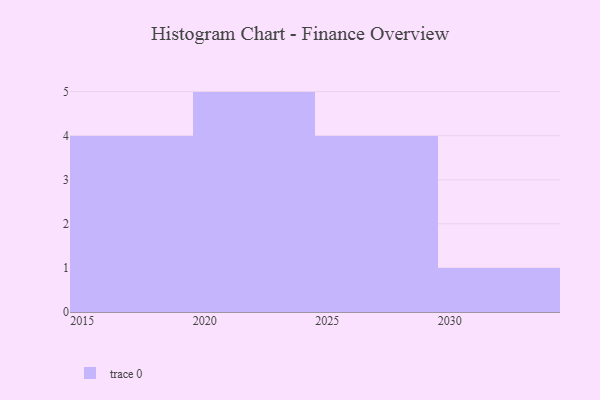
{"axis": {"x": "Year", "y": "Backlog"}, "legend": [""], "data": [{"x": "2020", "y": 74, "type": ""}, {"x": "2019", "y": 20, "type": ""}, {"x": "2022", "y": 37, "type": ""}, {"x": "2027", "y": 40, "type": ""}, {"x": "2023", "y": 59, "type": ""}, {"x": "2017", "y": 78, "type": ""}, {"x": "2030", "y": 57, "type": ""}, {"x": "2028", "y": 93, "type": ""}, {"x": "2026", "y": 66, "type": ""}, {"x": "2021", "y": 80, "type": ""}, {"x": "2025", "y": 52, "type": ""}, {"x": "2018", "y": 88, "type": ""}, {"x": "2016", "y": 80, "type": ""}, {"x": "2024", "y": 30, "type": ""}]}